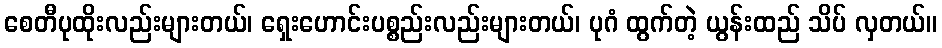
စေတီပုထိုးလည်းများတယ်၊ ရှေးဟောင်းပစ္စည်းလည်းများတယ်၊ ပုဂံ ထွက်တဲ့ ယွန်းထည် သိပ် လှတယ်။